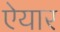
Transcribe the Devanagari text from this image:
ऐयार